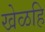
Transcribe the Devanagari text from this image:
खेळहि